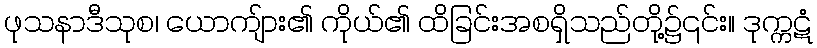
ဖုသနာဒီသုစ၊ ယောကျ်ား၏ ကိုယ်၏ ထိခြင်းအစရှိသည်တို့၌၎င်း။ ဒုက္ကဋံ